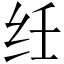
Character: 纴